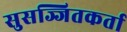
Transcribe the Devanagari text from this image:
सुसज्जितकर्ता